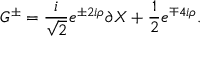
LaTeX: G ^ { \pm } = { \frac { i } { \sqrt 2 } } e ^ { \pm 2 i \rho } \partial X + { \frac { 1 } { 2 } } e ^ { \mp 4 i \rho } .